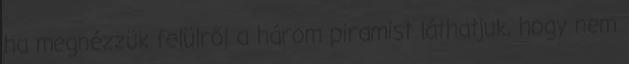
ha megnézzük felülről a három piramist láthatjuk, hogy nem